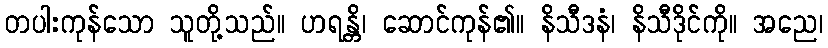
တပါးကုန်သော သူတို့သည်။ ဟရန္တိ၊ ဆောင်ကုန်၏။ နိသီဒနံ၊ နိသီဒိုင်ကို။ အညေ၊